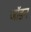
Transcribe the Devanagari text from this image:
जॉडन